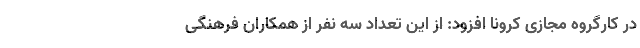
در کارگروه مجازی کرونا افزود: از این تعداد سه نفر از همکاران فرهنگی